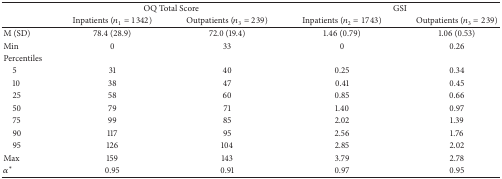
<table><thead><tr><td>[EMPTY_CELL]</td><td colspan="2"><b>OQ Total Score</b></td><td colspan="2"><b>GSI</b></td></tr><tr><td>[EMPTY_CELL]</td><td><b>Inpatients (<i>n</i><sub>1</sub> = 1342)</b></td><td><b>Outpatients (<i>n</i><sub>3</sub> = 239)</b></td><td><b>Inpatients (<i>n</i><sub>2</sub> = 1743)</b></td><td><b>Outpatients (<i>n</i><sub>3</sub> = 239)</b></td></tr></thead><tbody><tr><td>M (SD)</td><td>78.4 (28.9)</td><td>72.0 (19.4)</td><td>1.46 (0.79)</td><td>1.06 (0.53)</td></tr><tr><td>Min</td><td>0</td><td>33</td><td>0</td><td>0.26</td></tr><tr><td>Percentiles</td><td>[EMPTY_CELL]</td><td>[EMPTY_CELL]</td><td>[EMPTY_CELL]</td><td>[EMPTY_CELL]</td></tr><tr><td> 5</td><td>31</td><td>40</td><td>0.25</td><td>0.34</td></tr><tr><td> 10</td><td>38</td><td>47</td><td>0.41</td><td>0.45</td></tr><tr><td> 25</td><td>58</td><td>60</td><td>0.85</td><td>0.66</td></tr><tr><td> 50</td><td>79</td><td>71</td><td>1.40</td><td>0.97</td></tr><tr><td> 75</td><td>99</td><td>85</td><td>2.02</td><td>1.39</td></tr><tr><td> 90</td><td>117</td><td>95</td><td>2.56</td><td>1.76</td></tr><tr><td> 95</td><td>126</td><td>104</td><td>2.85</td><td>2.02</td></tr><tr><td>Max</td><td>159</td><td>143</td><td>3.79</td><td>2.78</td></tr><tr><td><i>α</i><sup><i>∗</i></sup></td><td>0.95</td><td>0.91</td><td>0.97</td><td>0.95</td></tr></tbody></table>